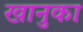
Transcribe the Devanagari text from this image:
खानुका